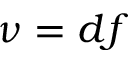
\nu = d f